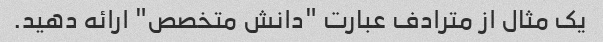
یک مثال از مترادف عبارت "دانش متخصص" ارائه دهید.